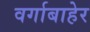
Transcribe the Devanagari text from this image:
वर्गाबाहेर